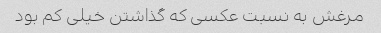
مرغش به نسبت عکسی که گذاشتن خیلی کم بود